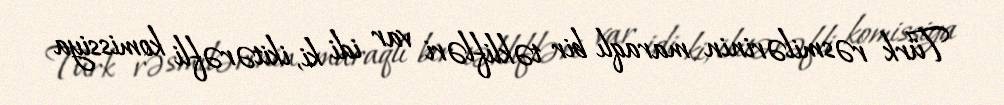
Türk rəsmilərinin maraqlı bir təklifləri var idi ki, ikitərəfli komissiya